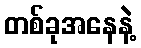
တစ်ခုအနေနဲ့